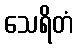
သေရိတံ